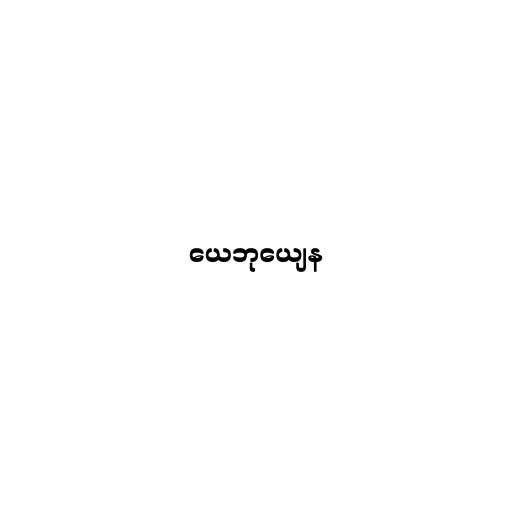
ယေဘုယျေန